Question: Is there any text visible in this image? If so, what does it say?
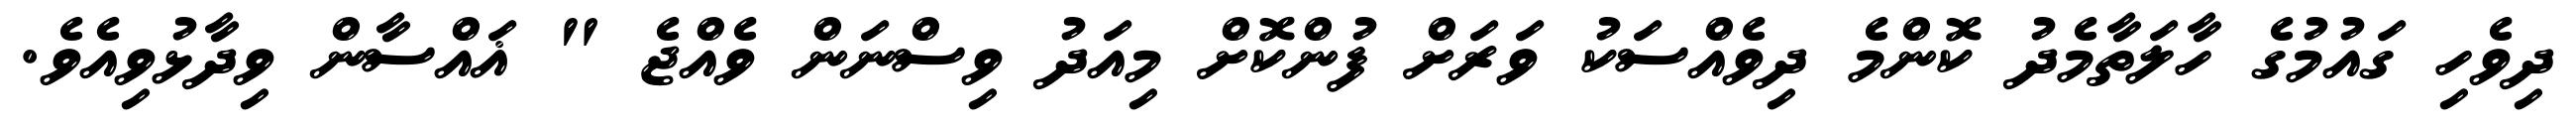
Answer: ދިވެހި ގައުމުގެ ހާލަތާމެދު ކޮންމެ ދިވެއްސަކު ވަރަށް ފުންކޮށް މިއަދު ވިސްނަން ވެއްޖެ " ޣައްސާން ވިދާޅުވިއެވެ.